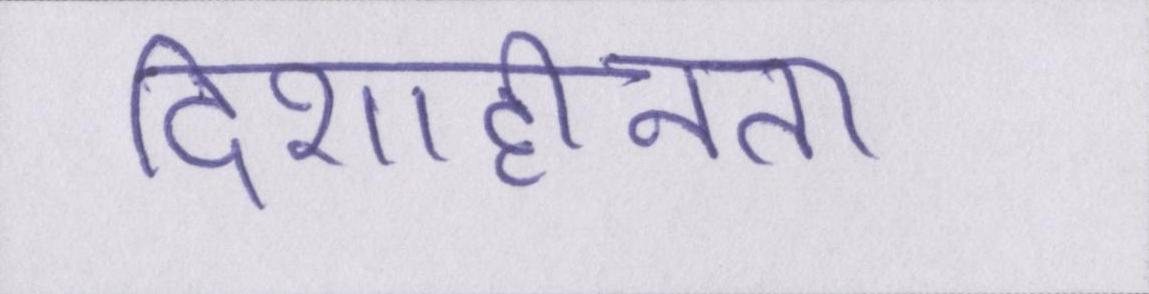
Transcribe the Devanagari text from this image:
दिशाहीनता